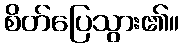
စိတ်ပြေသွား၏။